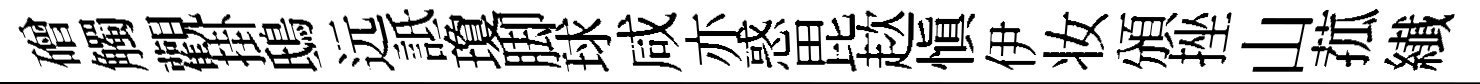
磳觸觀掛鴟远詆瓊脚球咸亦惑毘趑慎伊妆頒挫山菰纎